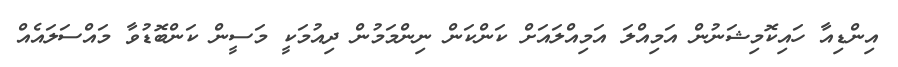
އިންޑިއާ ހައިކޮމިޝަނުން އަމިއްލަ އަމިއްލައަށް ކަންކަން ނިންމަމުން ދިއުމަކީ މަސީން ކަންބޮޑުވާ މައްސަލައެއް